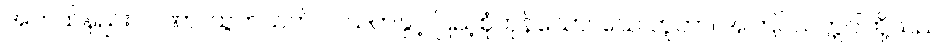
အဘယ်နည်း။ ပါဏာ၊ ထွက်သက်ဝင်သက်နှင့် ပြည့်စုံကုန်သော။ ယေ ဘူတာ၊ အကြင်သတ္တဝါတို့သည်။